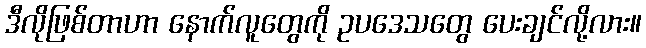
ဒီလိုဖြစ်တာဟာ နောက်လူတွေကို ဥပဒေသတွေ ပေးချင်လို့လား။